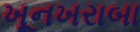
ખૂનખરાબા